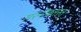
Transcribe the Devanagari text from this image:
सरनोबतस्तु